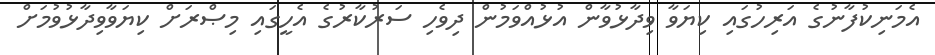
އެމަނިކުފާނުގެ އަރިހުގައި ކިޔަވާ ވިދާޅުވާން އުޅުއްވަމުން ދިވެހި ސަރުކާރުގެ އެހީގައި މިޞްރަށް ކިޔަވާވިދާޅުވުމަށް